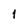
Character: 1